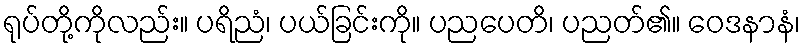
ရုပ်တို့ကိုလည်း။ ပရိညံ၊ ပယ်ခြင်းကို။ ပညပေတိ၊ ပညတ်၏။ ဝေဒနာနံ၊